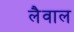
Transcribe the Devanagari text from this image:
लैवाल